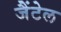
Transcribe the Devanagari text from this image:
जैंटेल